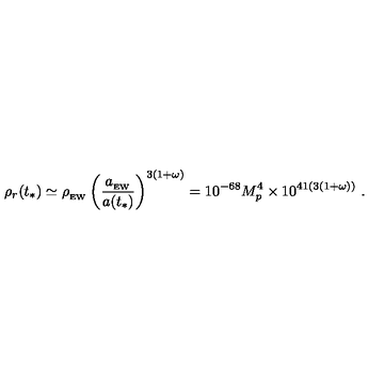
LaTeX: \rho _ { r } ( t _ { * } ) \simeq \rho _ { _ \mathrm { E W } } \left( { \frac { a _ { _ \mathrm { E W } } } { a ( t _ { * } ) } } \right) ^ { 3 ( 1 + \omega ) } = 1 0 ^ { - 6 8 } M _ { p } ^ { 4 } \times 1 0 ^ { 4 1 ( 3 ( 1 + \omega ) ) } \ .